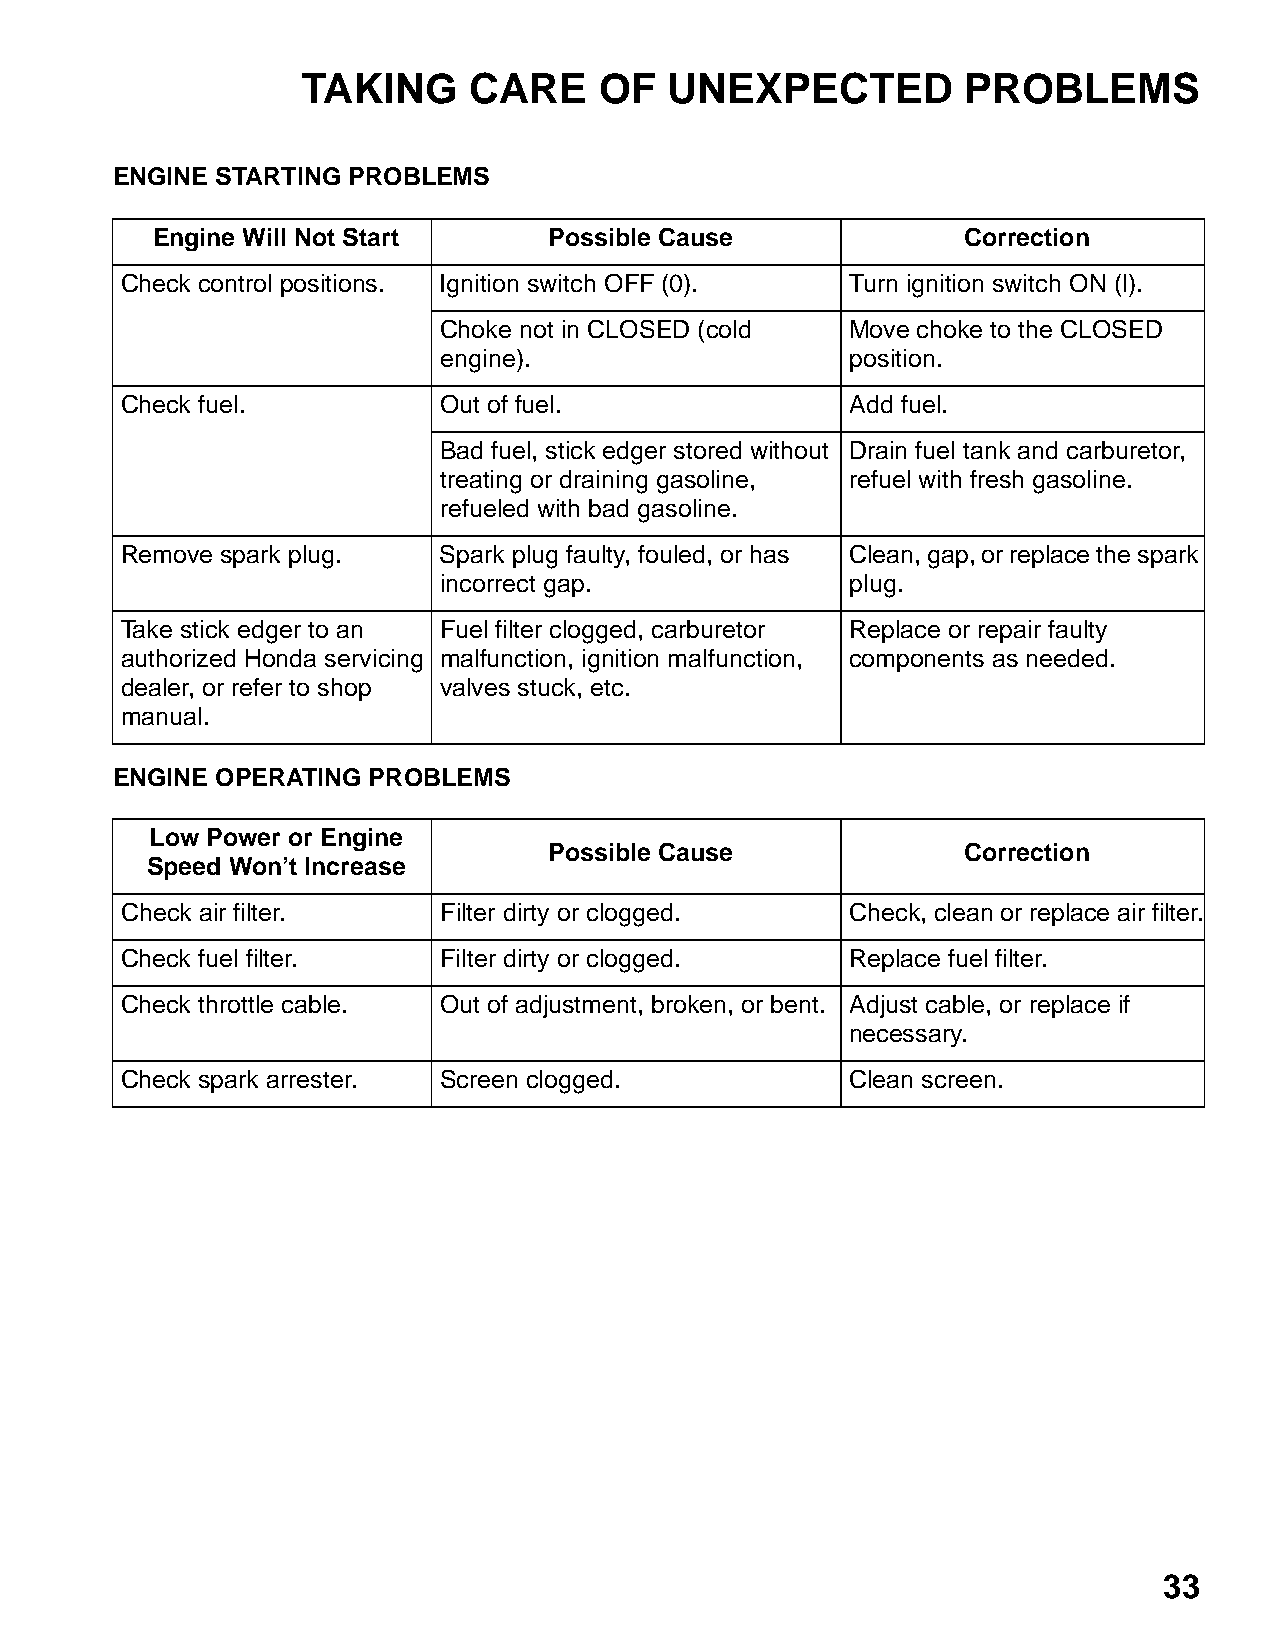
TAKING     CARE     OF  UNEXPECTED          PROBLEMS
 ENGINE STARTING PROBLEMS
 Engine Will Not Start     Possible Cause              Correction
 Check control positions. Ignition switch OFF (0). Turn ignition switch ON (l).
 Choke not in CLOSED (cold  Move choke to the CLOSED
 engine).                   position.
 Check fuel.          Out of fuel.               Add fuel.
 Bad fuel, stick edger stored without Drain fuel tank and carburetor,
 treating or draining gasoline, refuel with fresh gasoline.
 refueled with bad gasoline.
 Remove spark plug.   Spark plug faulty, fouled, or has Clean, gap, or replace the spark
 incorrect gap.             plug.
 Take stick edger to an Fuel filter clogged, carburetor Replace or repair faulty
 authorized Honda servicing malfunction, ignition malfunction, components as needed.
 dealer, or refer to shop valves stuck, etc.
 manual.
 ENGINE OPERATING PROBLEMS
 Low Power or Engine
 Possible Cause              Correction
 Speed Won’t Increase
 Check air filter.    Filter dirty or clogged.   Check, clean or replace air filter.
 Check fuel filter.   Filter dirty or clogged.   Replace fuel filter.
 Check throttle cable. Out of adjustment, broken, or bent. Adjust cable, or replace if
 necessary.
 Check spark arrester. Screen clogged.           Clean screen.
 33